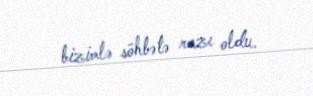
bizimlə söhbətə razı oldu.